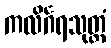
ကလိင်္ဂရသုတ္တံ